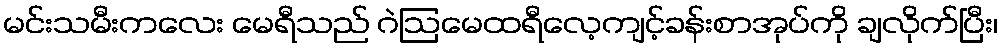
မင်းသမီးကလေး မေရီသည် ဂဲဩမေထရီလေ့ကျင့်ခန်းစာအုပ်ကို ချလိုက်ပြီး၊